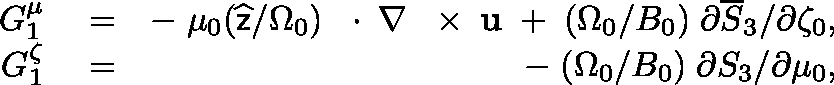
\begin{array} { r l r } { G _ { 1 } ^ { \mu } } & { { } = } & { - \; \mu _ { 0 } ( \widehat { \sf z } / \Omega _ { 0 } ) \, \mathrm { ~ \boldmath ~ \cdot ~ } \, \nabla \, \mathrm { ~ \boldmath ~ \times ~ } \, { \bf u } \; + \; ( \Omega _ { 0 } / B _ { 0 } ) \; \partial \overline { { S } } _ { 3 } / \partial \zeta _ { 0 } , } \\ { G _ { 1 } ^ { \zeta } } & { { } = } & { - \; ( \Omega _ { 0 } / B _ { 0 } ) \; \partial S _ { 3 } / \partial \mu _ { 0 } , } \end{array}